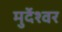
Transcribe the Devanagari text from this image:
मुर्देश्वर